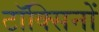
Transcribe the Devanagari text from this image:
टॉक्सिनों